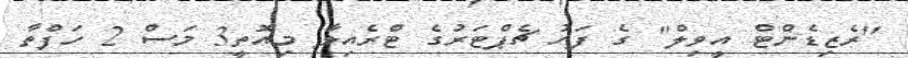
"ރެޒިޑެންޓް އީވިލް" ގެ ފަހު ޗެޕްޓަރުގެ ޓްރެއިލާ މިއޮތީ3 މަސް 2 ހަފްތާ